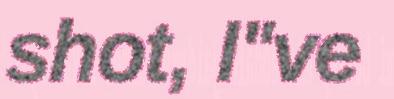
shot, I"ve